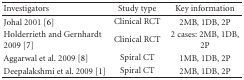
<table><thead><tr><td><b>Investigators</b></td><td><b>Study type</b></td><td><b>Key information</b></td></tr></thead><tbody><tr><td>Johal 2001 [6]</td><td>Clinical RCT</td><td>2MB, 1DB, 2P </td></tr><tr><td>Holderrieth and Gernhardt 2009 [7]</td><td>Clinical RCT</td><td>2 cases: 2MB, 1DB, 2P</td></tr><tr><td>Aggarwalet al. 2009 [8]</td><td>Spiral CT</td><td>1MB, 1DB, 2P</td></tr><tr><td>Deepalakshmi et al. 2009 [1]</td><td>Spiral CT</td><td>2MB, 1DB, 2P</td></tr></tbody></table>